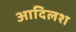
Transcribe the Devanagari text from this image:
आदिलश